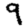
Digit: 9